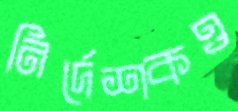
নির্দেশকও